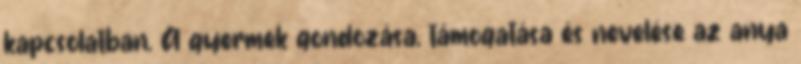
kapcsolatban. A gyermek gondozása, támogatása és nevelése az anya